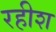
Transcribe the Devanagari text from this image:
रहीश